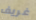
غريف